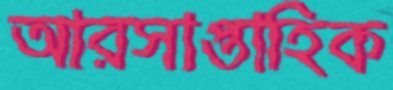
আরসাপ্তাহিক